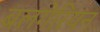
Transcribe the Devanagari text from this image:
बलगेरियन